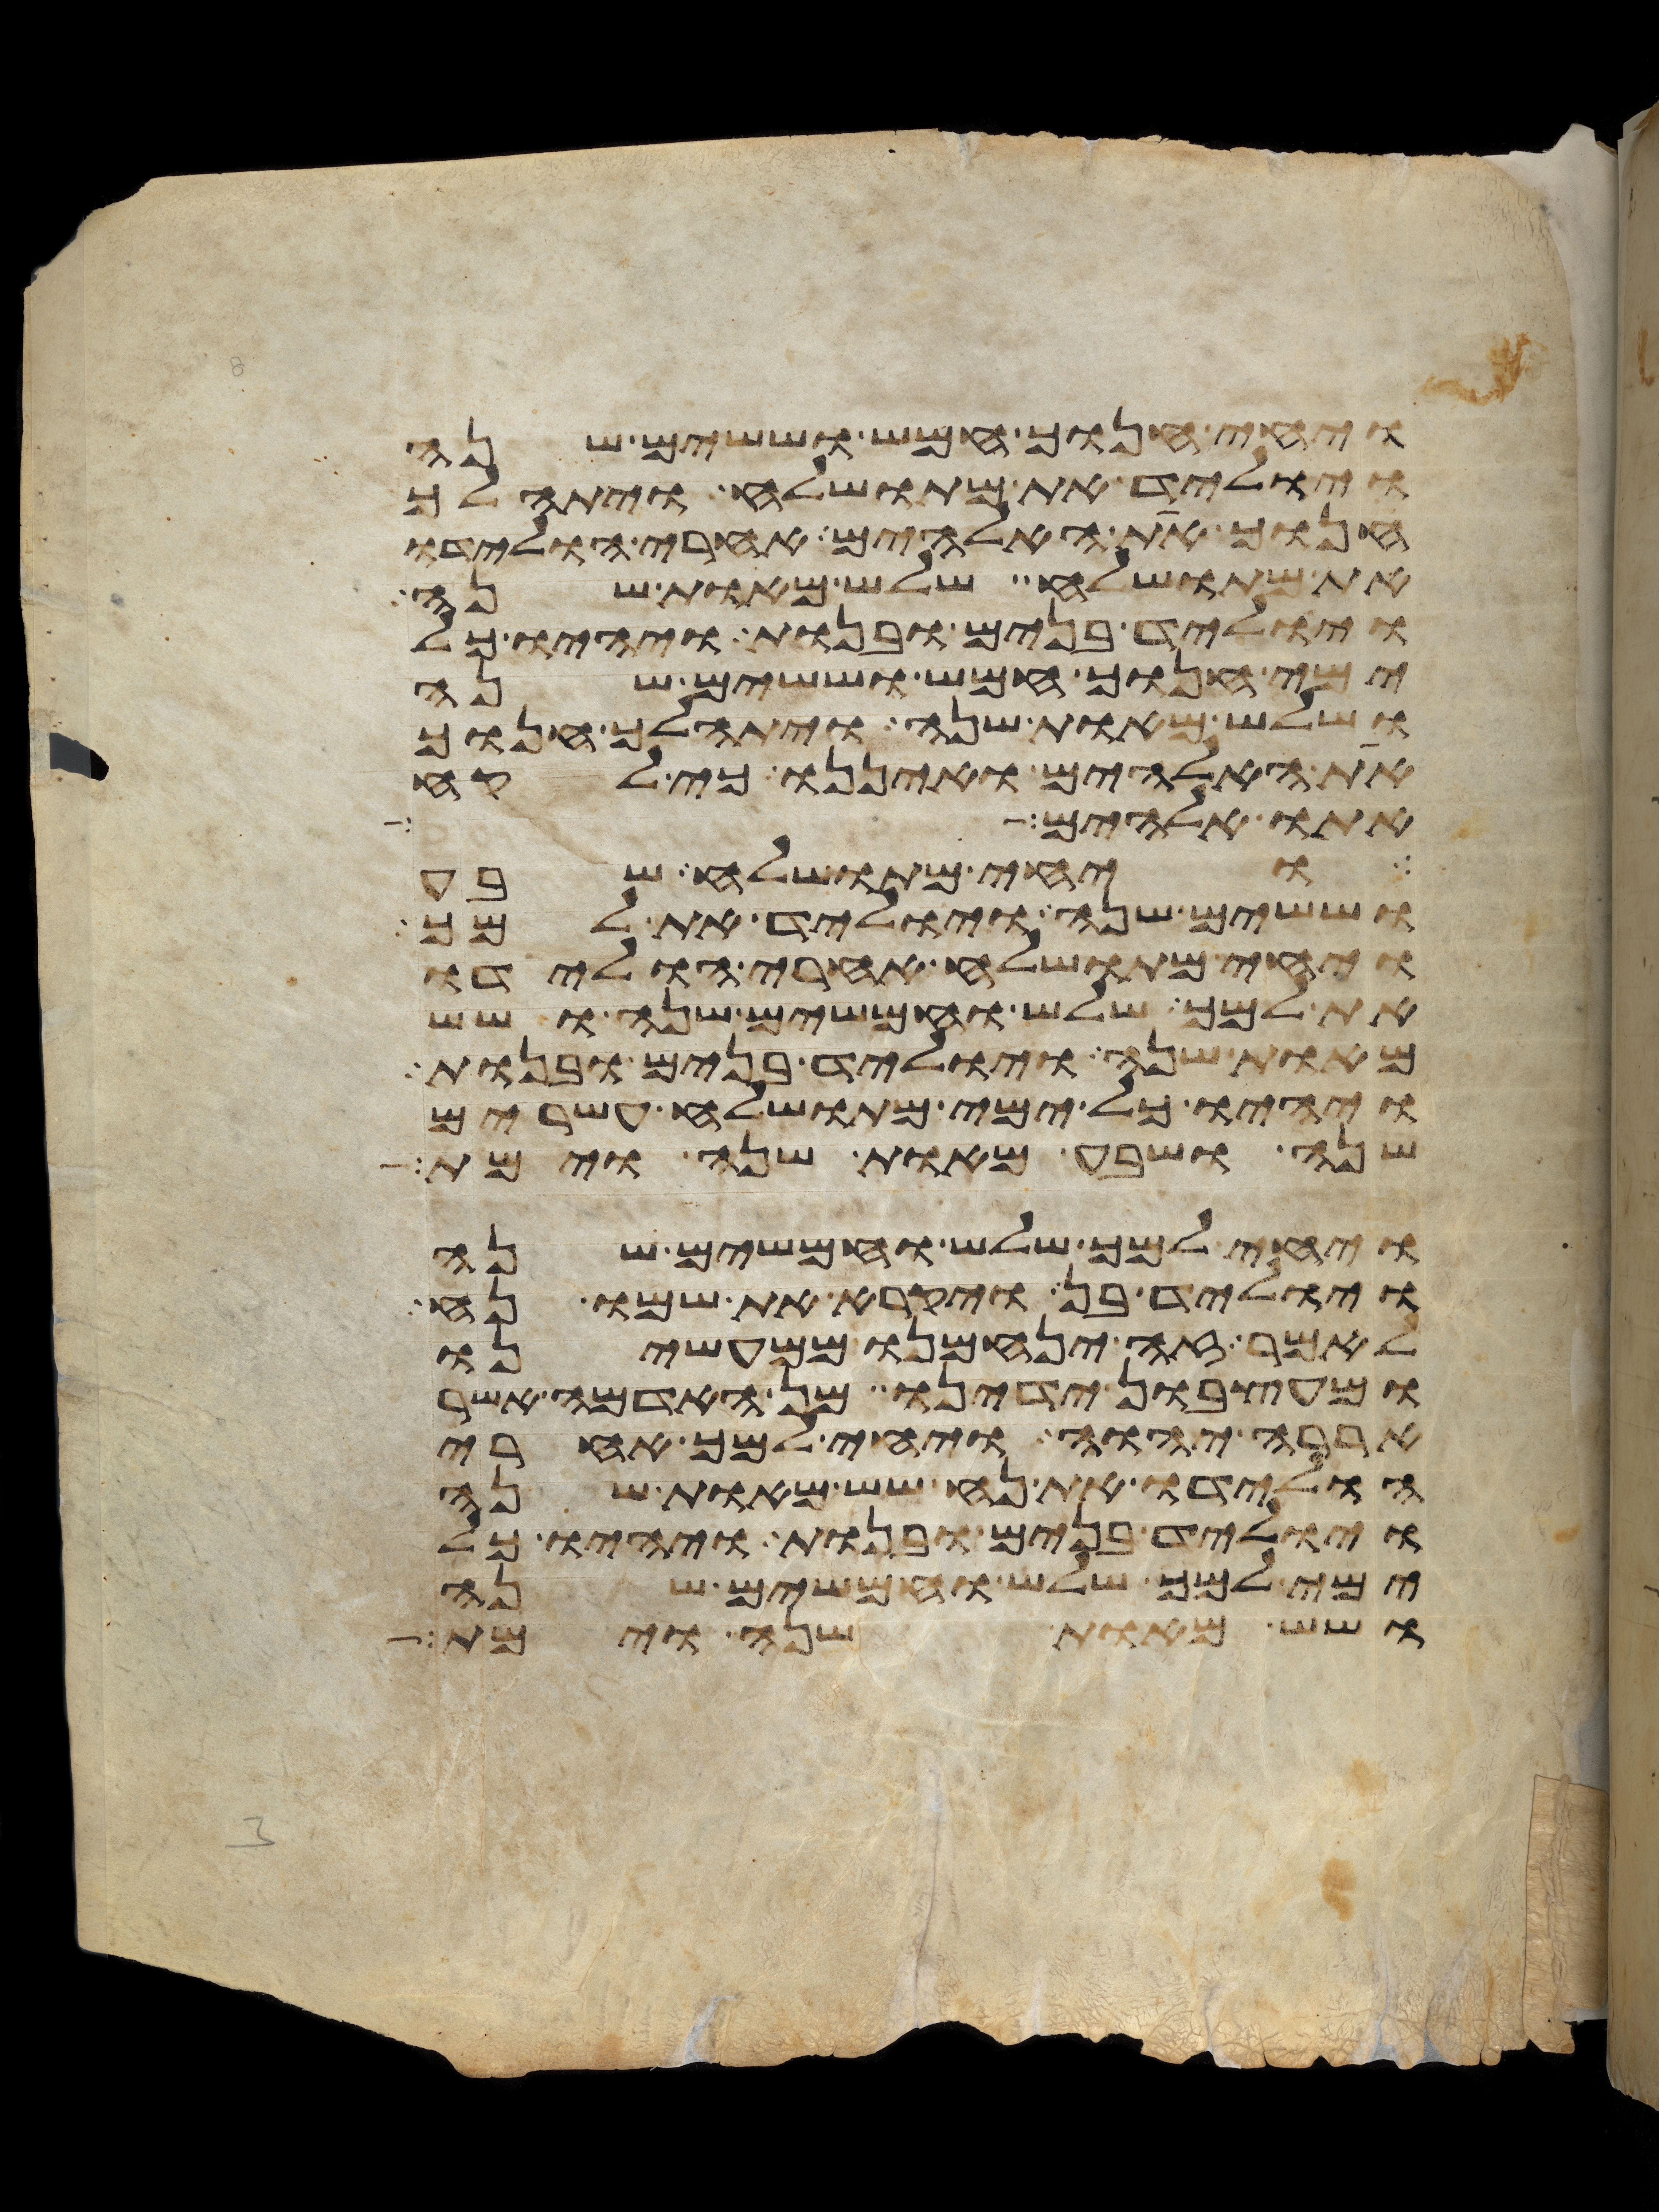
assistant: ויחי חנוך חמש וששים שנה
ויוליד את מתושלח ויתהלך
חנוך את האלהים אחרי הולידו
את מתושלח שלש מאות שנה
ויוליד בנים ובנות ויהיו כל
ימי חנוך חמש וששים שנה
ושלש מאות שנה ויתהלך חנוך
את האלהים ואיננו כי לקח
אתו אלהים
ויחי מתושלח שבע
וששים שנה ויוליד את למך
ויחי מתושלח אחרי הולידו
את למך שלש וחמשים שנה ושש
מאות שנה ויוליד בנים ובנות
ויהיו כל ימי מתושלח עשרים
שנה ושבע מאות שנה וימת
ויחי למך שלש וחמשים שנה
ויוליד בן ויקרא את שמו נח
לאמר זה ינחמנו ממעשינו
ומעצבון ידינו מן האדמה אשר
אררה יהוה ויחי למך אחרי
הולידו את נח שש מאות שנה
ויוליד בנים ובנות ויהיו כל
ימי למך שלש וחמשים שנה
ושש מאות שנה וימת